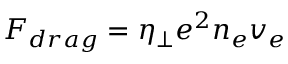
F _ { d r a g } = \eta _ { \perp } e ^ { 2 } n _ { e } v _ { e }